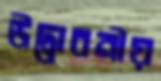
উদ্ভাবনীয়